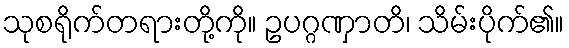
သုစရိုက်တရားတို့ကို။ ဥပဂ္ဂဏှာတိ၊ သိမ်းပိုက်၏။